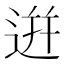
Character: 逬